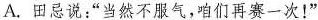
A.田忌说：”当然不服气，咱们再赛一次！”